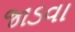
જાડવા